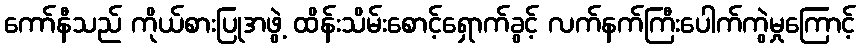
ကော်နီသည် ကိုယ်စားပြုအဖွဲ့ ထိန်းသိမ်းစောင့်ရှောက်ခွင့် လက်နက်ကြီးပေါက်ကွဲမှုကြောင့်